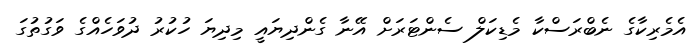
އެމެރިކާގެ ނެބްރަސްކާ މެޑިކަލް ސެންޓަރަށް އޭނާ ގެންދިޔައީ މިދިޔަ ހުކުރު ދުވަހެއްގެ ވަގުތުގަ